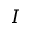
I